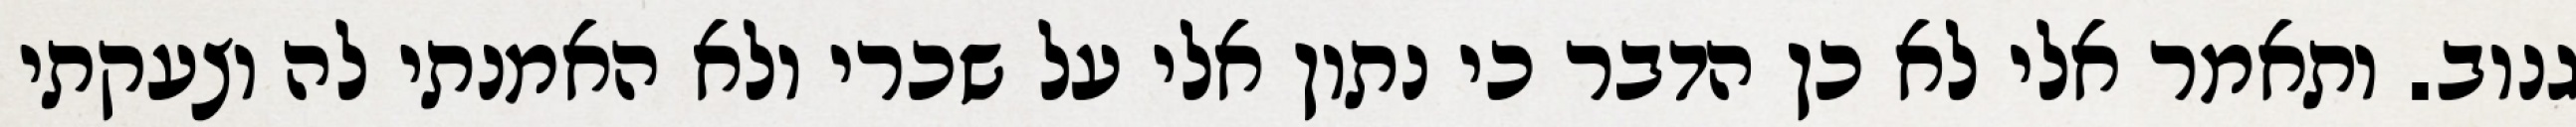
גנוב. ותאמר אלי לא כן הדבר כי נתון אלי על שכרי ולא האמנתי לה וצעקתי